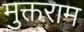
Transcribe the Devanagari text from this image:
मुक्तराम